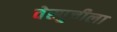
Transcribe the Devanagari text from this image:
वेस्पुचीला